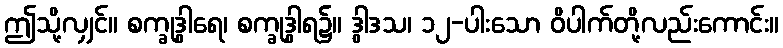
ဤသို့လျှင်။ စက္ခုဒွါရေ၊ စက္ခုဒွါရ၌။ ဒွါဒသ၊ ၁၂-ပါးသော ဝိပါက်တို့လည်းကောင်း။